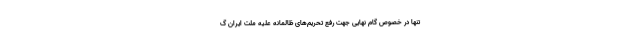
تنها در خصوص گام نهایی جهت رفع تحریم‌های ظالمانه علیه ملت ایران گ